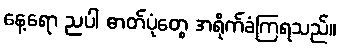
နေ့ရော ညပါ ဓာတ်ပုံတွေ အရိုက်ခံကြရသည်။